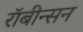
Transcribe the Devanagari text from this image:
रॉबीन्सन